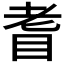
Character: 𦒿